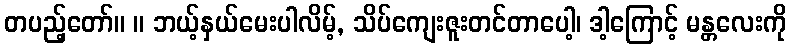
တပည့်တော်။ ။ ဘယ့်နှယ်မေးပါလိမ့်, သိပ်ကျေးဇူးတင်တာပေါ့၊ ဒါ့ကြောင့် မန္တလေးကို